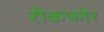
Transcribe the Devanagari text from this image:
रोकफोर